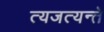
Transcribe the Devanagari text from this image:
त्यजत्यन्ते